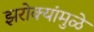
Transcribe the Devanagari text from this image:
झरोक्यांमुळे